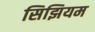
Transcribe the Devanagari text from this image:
सिझियम